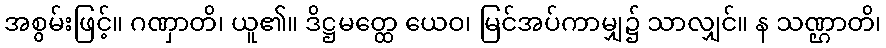
အစွမ်းဖြင့်။ ဂဏှာတိ၊ ယူ၏။ ဒိဋ္ဌမတ္ထေ ယေဝ၊ မြင်အပ်ကာမျှ၌ သာလျှင်။ န သဏ္ဌာတိ၊